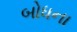
બોધના